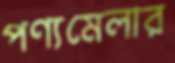
পণ্যমেলার